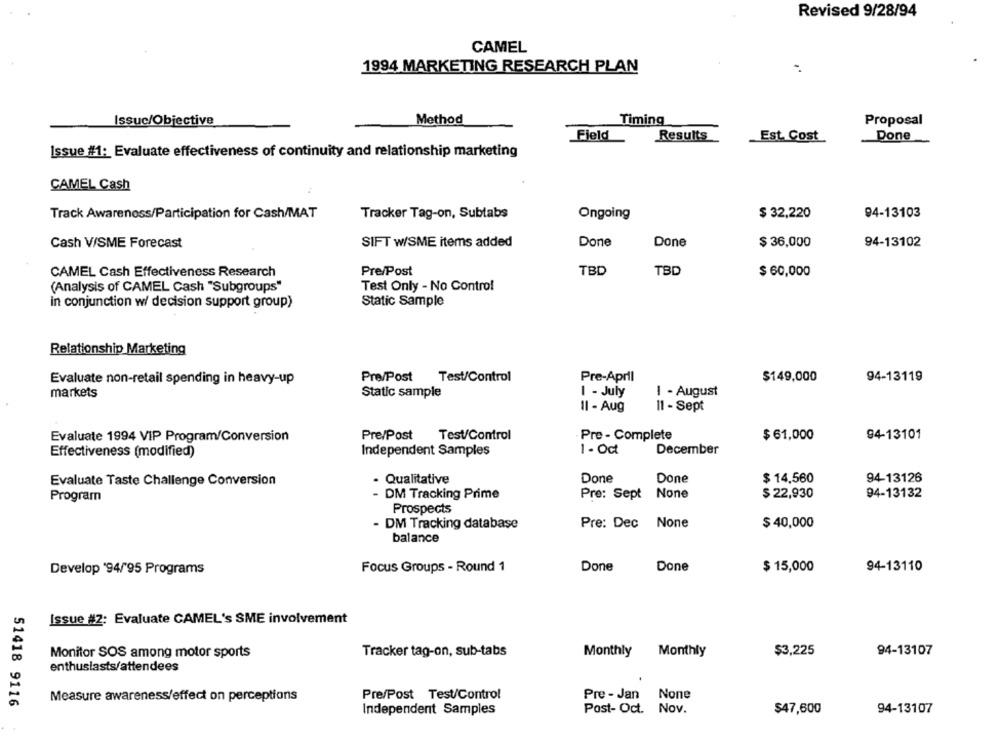
Revised 9/28/94
CAMEL
1994 MARKETING RESEARCH PLAN
Issuc/Objective
Method
Timing
Proposal
Field
Results
Est. Cost
Done
Issue #1: Evaluate effectiveness of continuity and relationship marketing
CAMEL Cash
Track Awareness/Participation for Cash/MAT
Tracker Tag-on, Subtabs
Ongoing
$ 32,220
94-13103
Cash V/SME Forecast
SIFT W/SME items added
Done
Done
$ 36,000
94-13102
CAMEL Cash Effectiveness Research
Pre/Post
TBD
TBD
$ 60,000
(Analysis of CAMEL Cash "Subgroups"
Test Only - No Control
in conjunction w/ decision support group)
Static Sample
Relationship Marketing
Pre/Post Test/Control
Pre-April
$149,000
94-13119
Evaluate non-retail spending in heavy-up
markets
Static sample
1 - July
I - August
Il - Aug
11 - Sept
Evaluate 1994 VIP Program/Conversion
Pre/Post
Test/Control
Pre - Complete
$ 61,000
94-13101
Independent Samples
1 - Oct
December
Effectiveness (modified)
Evaluate Taste Challenge Conversion
- Qualitative
Done
Done
$ 14,560
94-13126
Program
- DM Tracking Prime
Pre: Sept
$ 22,930
94-13132
Prospects
- DM Tracking database
Pre: Dec None
$ 40,000
balance
Develop '94/95 Programs
Focus Groups - Round 1
Done
Done
$ 15,000
94-13110
Issue #2: Evaluate CAMEL's SME involvement
Tracker tag-on, sub-tabs
Monthly
Monthly
$3,225
94-13107
Monitor SOS among motor sports
enthusiasts/attendees
Measure awareness/effect on perceptions
Pre/Post Test/Control
Pre - Jan None
51418 9116
Independent Samples
Post- Oct. Nov.
$47,600
94-13107